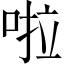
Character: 啦